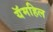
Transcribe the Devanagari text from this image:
यॅमहिल